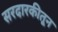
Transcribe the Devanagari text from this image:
सरदारकीतून